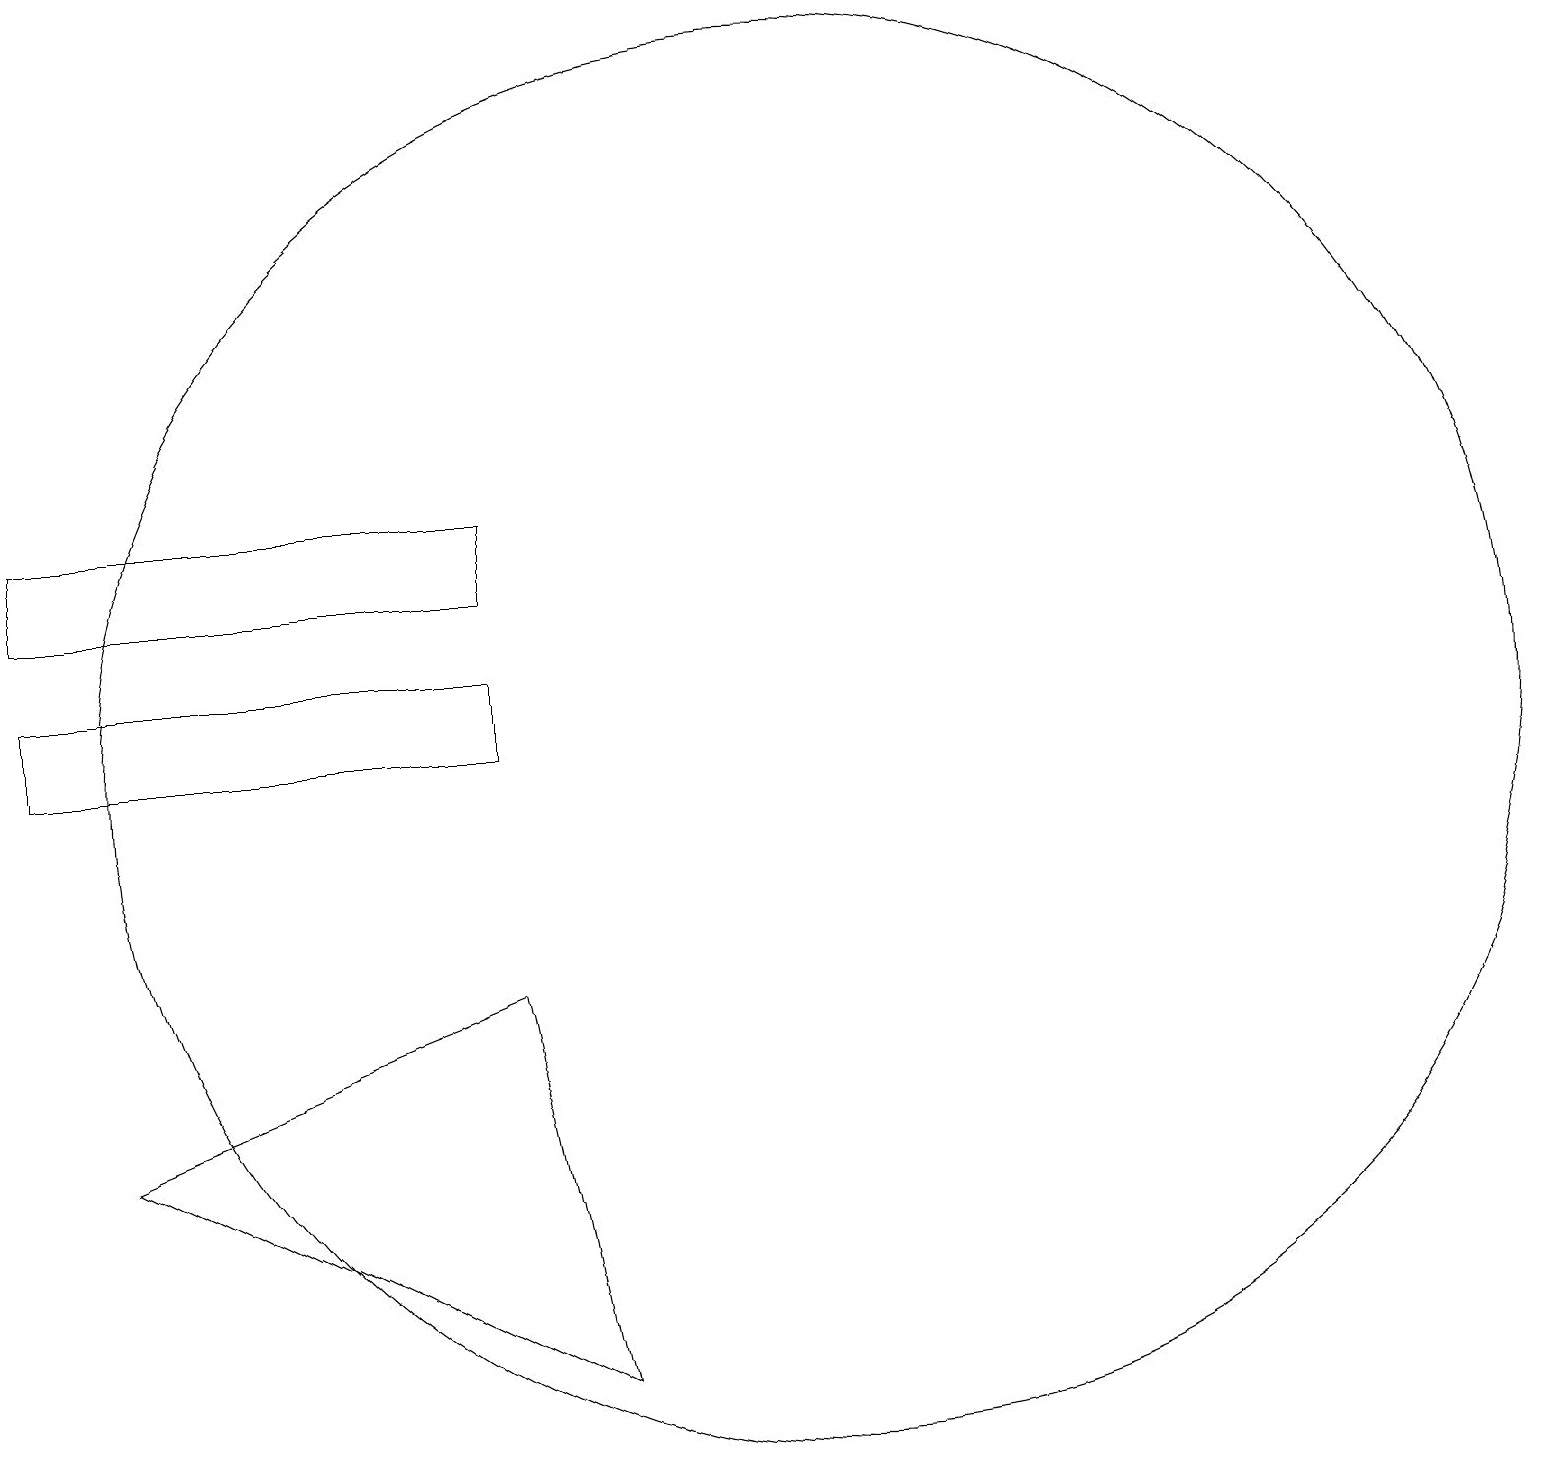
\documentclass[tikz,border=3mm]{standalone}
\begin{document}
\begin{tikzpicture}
\draw (0,11) rectangle (6,12);
\draw (10,11) circle (9);
\draw (6,14) rectangle (0,13);
\draw (10,12) circle (0);
\draw (6,8) -- (7,3) -- (1,6) -- cycle;
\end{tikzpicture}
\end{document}